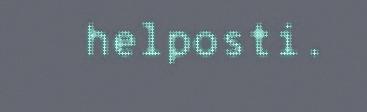
helposti.